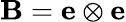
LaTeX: \mathbf{B}=\mathbf{e}\otimes\mathbf{e}